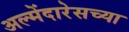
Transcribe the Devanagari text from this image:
अल्मेंदारेसच्या